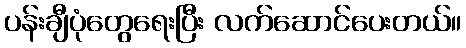
ပန်းချီပုံတွေရေးပြီး လက်ဆောင်ပေးတယ်။